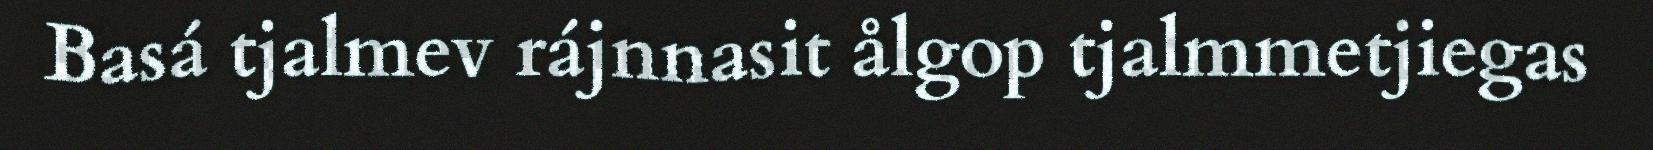
Basá tjalmev rájnnasit ålgop tjalmmetjiegas